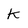
Character: K